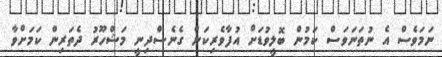
ނަމަވެސް އެ ނުތަނަވަސް ކަމުން ބޮލީވުޑަށް އުފާވެރިކަން ގެނެސްދިނީ މަޝްހޫރު ދެތަރިން ކަމަށްވާ